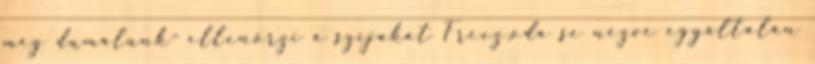
még dumálunk- ellenőrzi a szíjakat Freez,oda se nézve egyáltalán